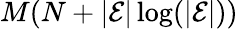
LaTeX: M(N+|\mathcal{E}|\log(|\mathcal{E}|))